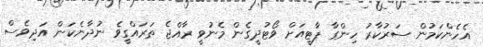
އެހެންކަމުން ސަރުކާރު ހިންގާ ޕާޓީއަށް ވޯޓުދީގެން މެނުވީ ރާއްޖެ ތަރައްގީވެ ނުދާނެކަން އަދިވެސް